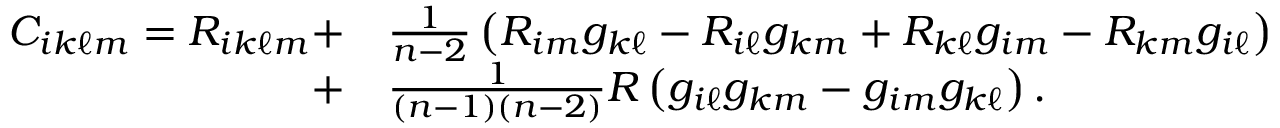
{ \begin{array} { r l } { C _ { i k \ell m } = R _ { i k \ell m } + } & { { \frac { 1 } { n - 2 } } \left( R _ { i m } g _ { k \ell } - R _ { i \ell } g _ { k m } + R _ { k \ell } g _ { i m } - R _ { k m } g _ { i \ell } \right) } \\ { + } & { { \frac { 1 } { ( n - 1 ) ( n - 2 ) } } R \left( g _ { i \ell } g _ { k m } - g _ { i m } g _ { k \ell } \right) . \ } \end{array} }